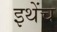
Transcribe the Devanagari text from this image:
इथेंच